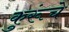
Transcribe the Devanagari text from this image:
कुरूंचे